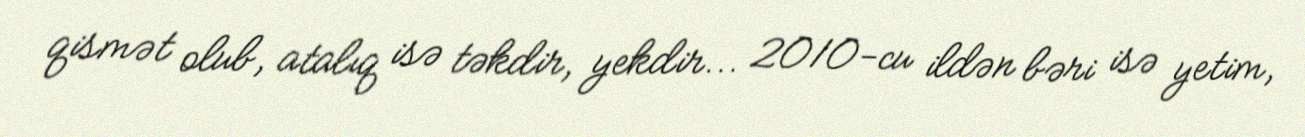
qismət olub, atalıq isə təkdir, yekdir... 2010-cu ildən bəri isə yetim,